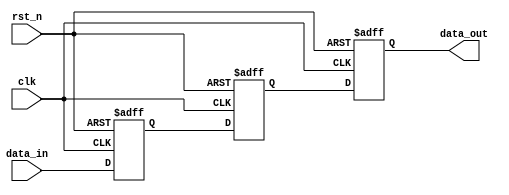
module meta_stability_filter (
    input wire clk,          // Clock signal
    input wire rst_n,        // Active-low asynchronous reset
    input wire data_in,      // Asynchronous input signal
    output reg data_out      // Synchronized output signal
);

    // Internal signals for the flip-flops
    reg ff1, ff2;

    // Asynchronous reset and flip-flop synchronization
    always @(posedge clk or negedge rst_n) begin
        if (!rst_n) begin
            ff1 <= 1'b0;  // Reset ff1 to known state
            ff2 <= 1'b0;  // Reset ff2 to known state
            data_out <= 1'b0; // Reset output to known state
        end else begin
            ff1 <= data_in; // Sample data_in in the first flip-flop
            ff2 <= ff1;      // Sample the output of ff1 in the second flip-flop
            data_out <= ff2; // Drive the output with the output of ff2
        end
    end

endmodule